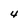
Character: 4